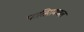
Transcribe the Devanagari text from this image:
पातिरामणल